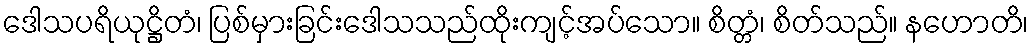
ဒေါသပရိယုဋ္ဌိတံ၊ ပြစ်မှားခြင်းဒေါသသည်ထိုးကျင့်အပ်သော။ စိတ္တံ၊ စိတ်သည်။ နဟောတိ၊